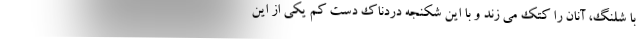
با شلنگ، آنان را کتک می زند و با این شکنجه دردناک دست کم یکی از این